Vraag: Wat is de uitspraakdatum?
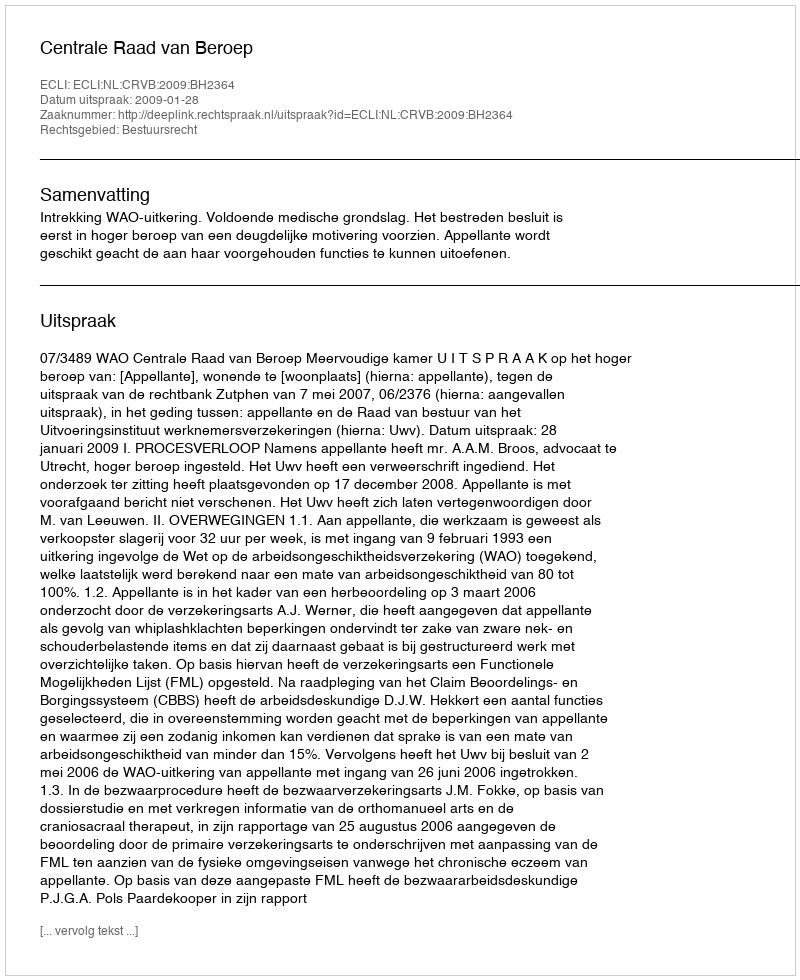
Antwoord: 2009-01-28